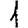
Digit: 1